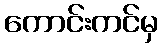
ကောင်းကင်မှ